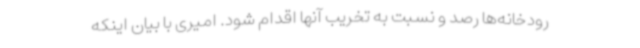
رودخانه‌ها رصد و نسبت به تخریب آنها اقدام شود. امیری با بیان اینکه